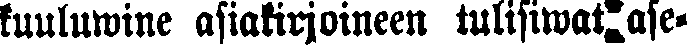
kuuluwine asiakirjoineen tulisiwat ase-